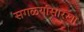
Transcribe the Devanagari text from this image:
सगळ्यांसारखा